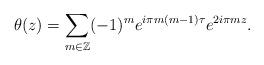
LaTeX: \begin{gather*}\theta(z)=\sum\limits_{m\in \mathbb Z}(-1)^{m} e^{i\pi m(m-1) \tau} e^{2i \pi m z}.\end{gather*}